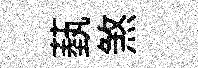
蓺煞